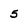
Character: 5